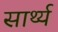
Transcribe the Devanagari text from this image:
सार्थ्य